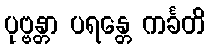
ပုဗ္ဗန္တာ ပရန္တေ ကင်္ခတိ